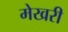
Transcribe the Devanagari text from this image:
मेखरी